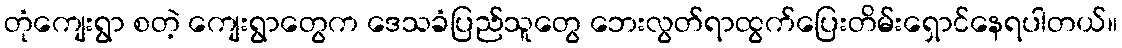
တုံကျေးရွာ စတဲ့ ကျေးရွာတွေက ဒေသခံပြည်သူတွေ ဘေးလွတ်ရာထွက်ပြေးတိမ်းရှောင်နေရပါတယ်။